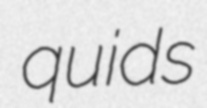
quids